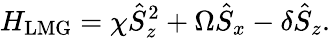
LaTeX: H_{\mathrm{LMG}}=\chi\hat{S}_{z}^{2}+\Omega\hat{S}_{x}-\delta\hat{S}_{z}.